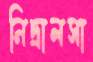
নিদ্রালসা